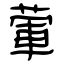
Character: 葷